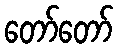
တော်တော်